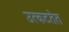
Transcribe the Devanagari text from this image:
उत्कटतेत